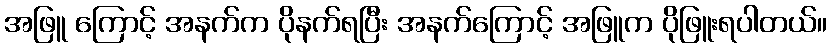
အဖြူ ကြောင့် အနက်က ပိုနက်ရပြီး အနက်ကြောင့် အဖြူက ပိုဖြူးရပါတယ်။